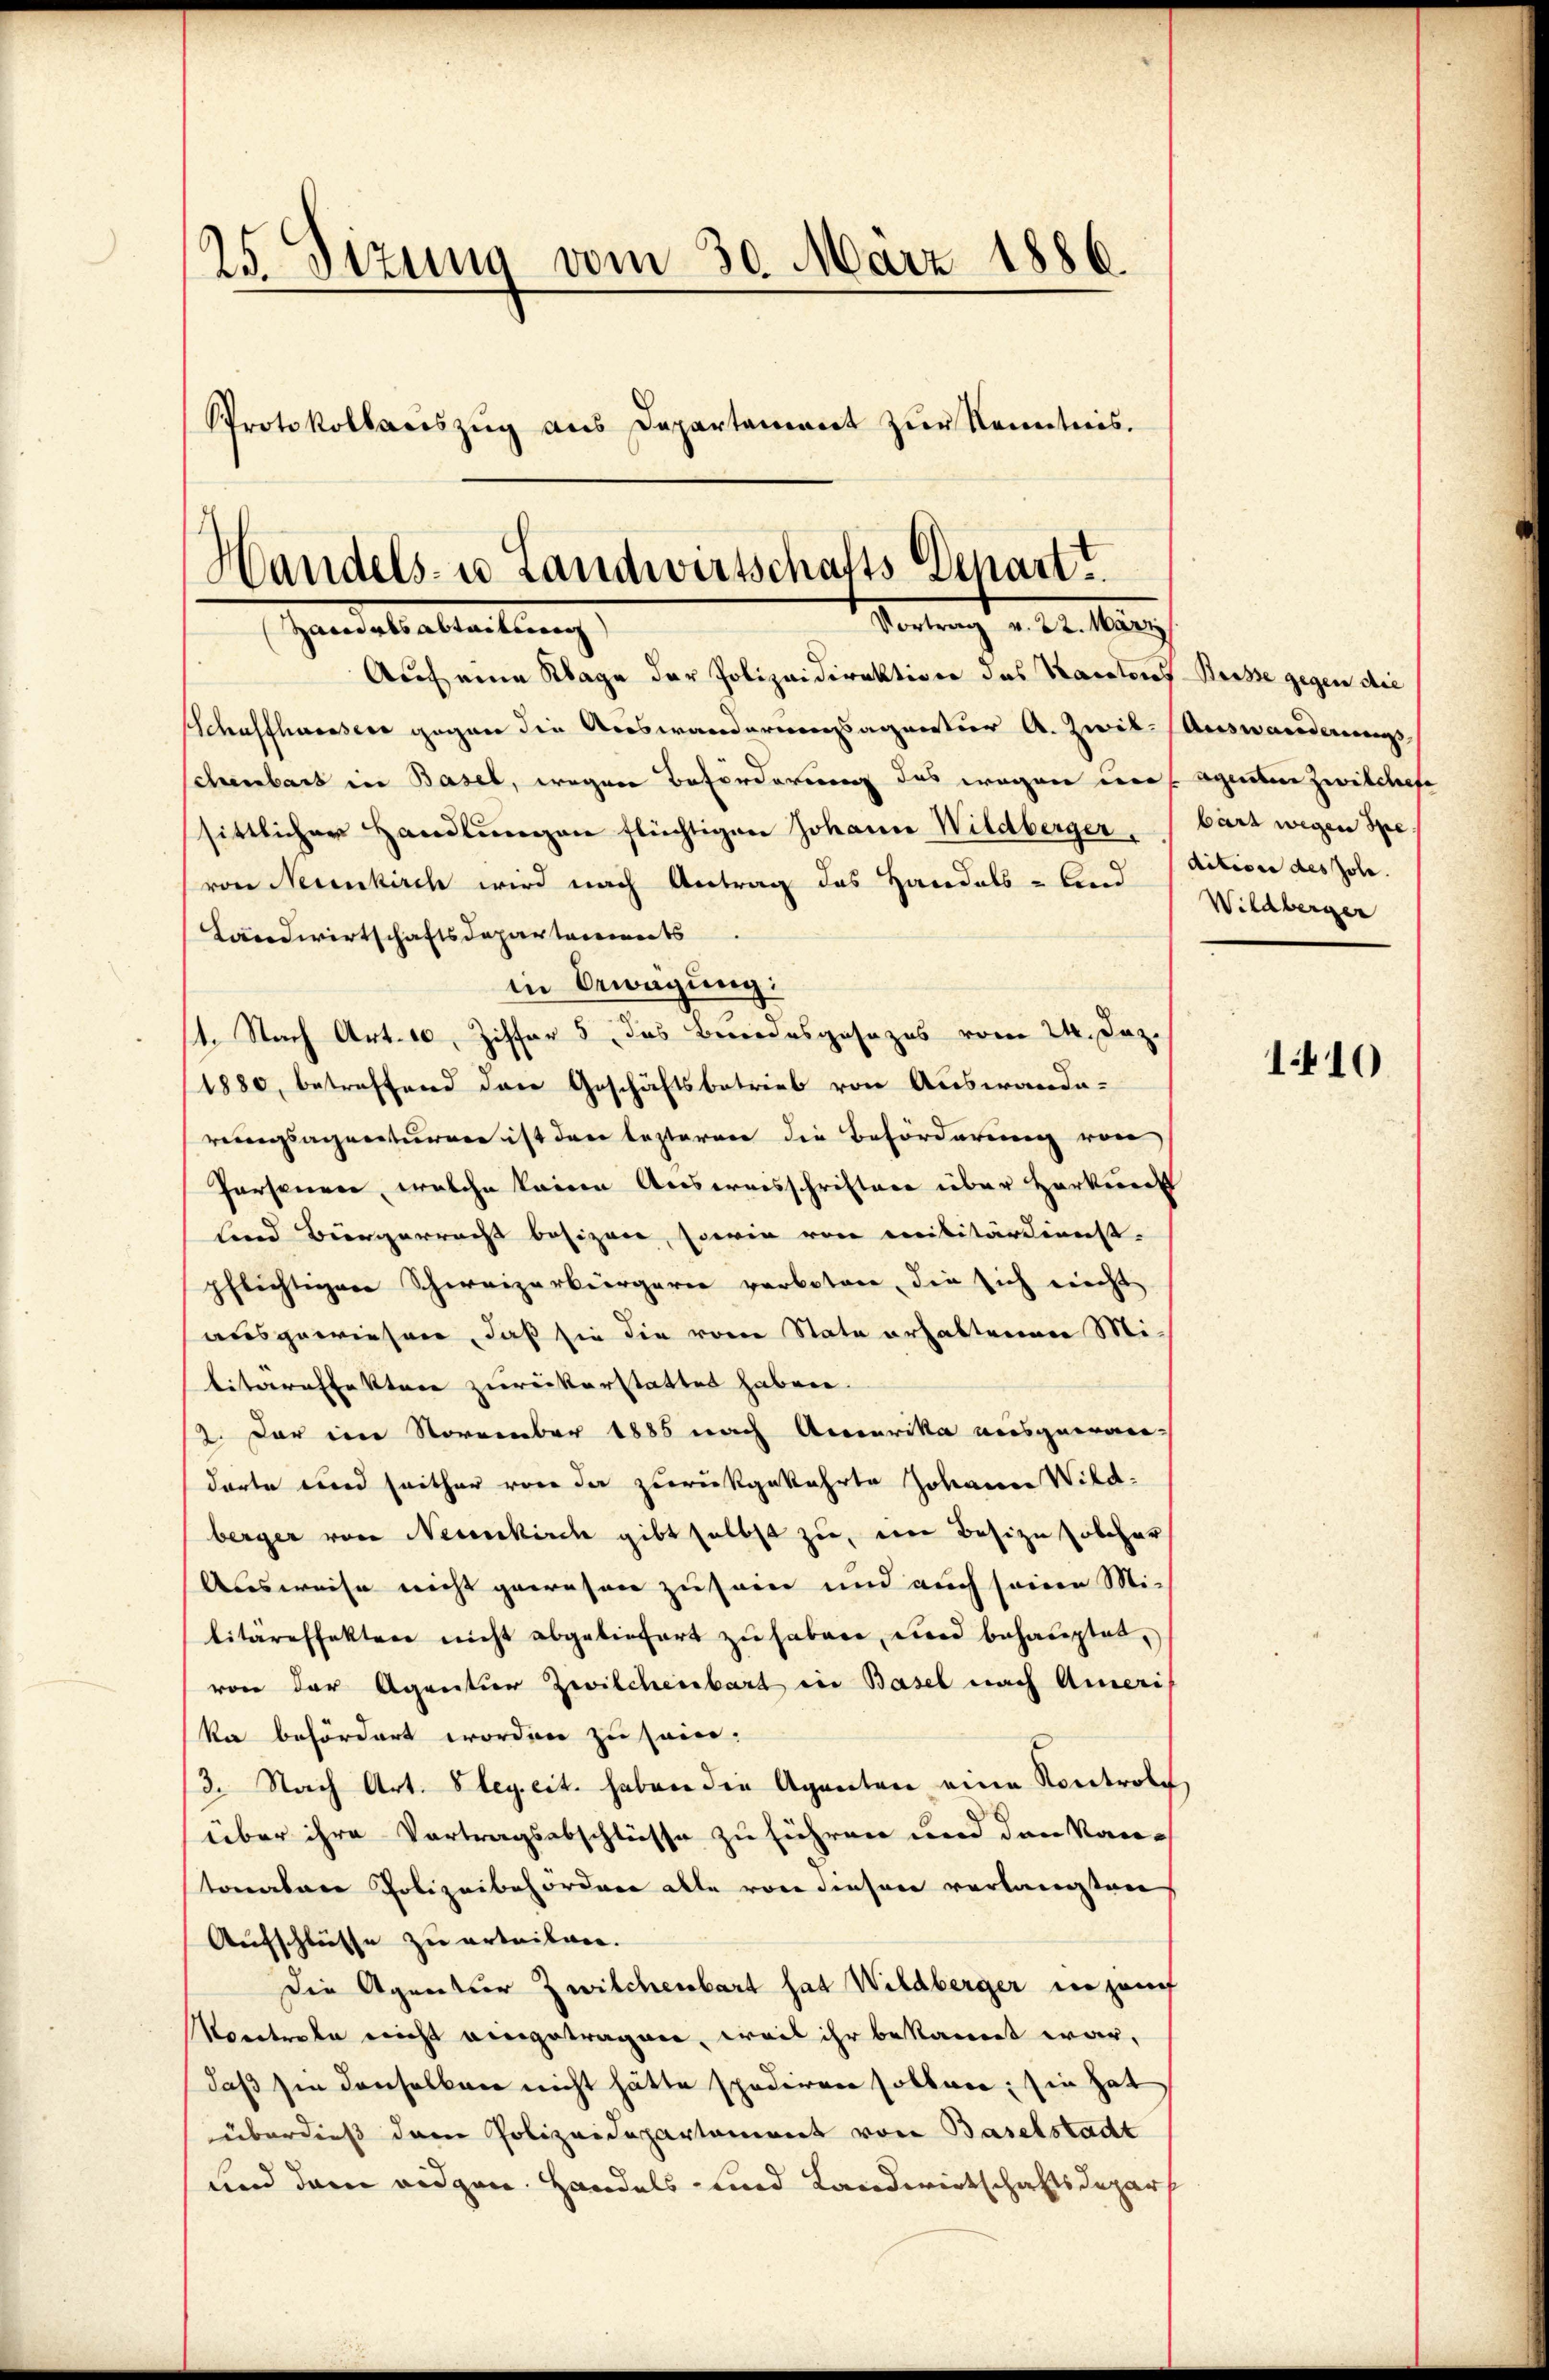
25. Sizung vom 30. März 1886.
Protokollariszŭg ans Departement zŭr Kenntnis.

Handels- u Landwirtschafts Depart?
Vortrag v. 22. März
Handel alleitung

Auch eine Klage der Polizeidirektion das Karatores Reise gegen die
Schaffhaussere gegen die Auswanderungsagentuor A. Zwil. (Auswanderungs
chenbart in Basel, wegen Beförderung das wegen der sagenten Zwilches
sittlicher Handlungen flüchtigen Johann Wildberger bars wegen Spevon Neunkirch wird nach Antrag des Handels- band (Aition des Joh.
Landwirtschaftsdepartenmats
in Bewegung:
1. Nach Art. 10, Ziffer 5. das Brodesgesezes vom 24. Dez.
1880, betreffend das Geschäftsbetrieb von Auswande-
rungsagenturrer ist den lezteren die Beförderung von
Personen, welche keine Ausweisschriften über Harkier
lind Bürgerracht besizen, sowie von militärdienst-
pflichtigen Schweizerbürgerie verbotene, die sich nicht
ausgewiesen, daß sie die vom State erhaltenen Militäreffektere zurückerstattet haben.
2. Der im November 1885 nach Acccerika ausgewardorte wird seither von der zurückgekehrte Johanne Wildberger von Neuenkirch gibt selbst zu, ein Besize solcher
Ausweise nicht gewesen zu sei und auch seine Mi-
litäreffekten nicht abgeliefert zŭ haben, und behauptet,
von der Agentier Zwilchenbart in Basel nach Ameris
ka befördert worden zu sein:
3. Nach Art. Bley. cit. haben die Agenten eine Kontrole
über ihre Vortragsabschlüsse zu führen und den Kan-
tonalere Polizeibehördere alle von diesen verlangten
Aufschlüsse zu erteilver.
Die Agentur Zwilchenbart hat Wildberger in sauf
Konerden nicht eingetragen, weis ihr bekannt war,
daß sie denselben nicht hätte spediren sollen; sie hat
überdieß dem Polizeidepartament von Baselstadt
und dem eidgen. Handels- und Landwirtschaftsdepar

Wildberger

110